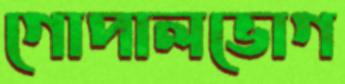
গোপালভোগ